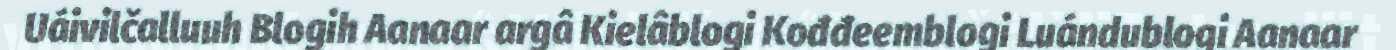
Uáivilčalluuh Blogih Aanaar argâ Kielâblogi Kođđeemblogi Luándublogi Aanaar